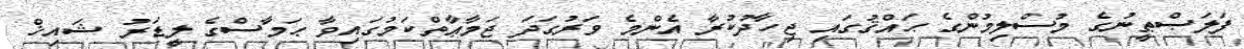
ފަލަޞްޠީނުގެ މުސްލިމުންގެ ޙައްޤުގައި ޖިހާދުކުރާ އެންމެ ވަރުގަދަ ޖަމާޢާތްކަމުގައިވާ ޙަމާސްގެ ލީޑަރު ޝައިޚް